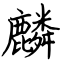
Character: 麟